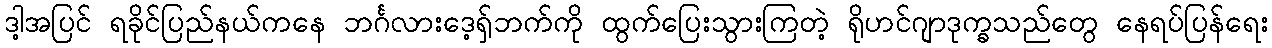
ဒါ့အပြင် ရခိုင်ပြည်နယ်ကနေ ဘင်္ဂလားဒေ့ရှ်ဘက်ကို ထွက်ပြေးသွားကြတဲ့ ရိုဟင်ဂျာဒုက္ခသည်တွေ နေရပ်ပြန်ရေး